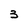
Character: 3